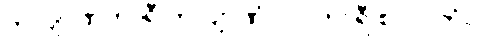
ကလျာဏကာရီ ကလျာဏံ၊ ပါပကာရီ စ ပါပကံ။